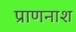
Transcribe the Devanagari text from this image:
प्राणनाश